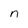
Character: n